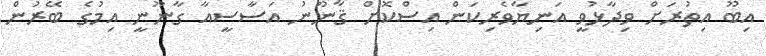
އިބޫ އިތުރަށް ވިދާޅުވީ އަނިޔާވެރިކަން އިސްކޮށް ޤާނޫނު އަސާސީއާ ގާނޫނީ އިމުގެ ބޭރުން